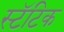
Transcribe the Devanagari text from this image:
स्टॅटिक